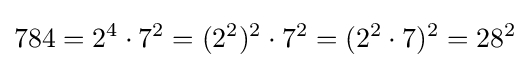
784=2^{4}\cdot 7^{2}=(2^{2})^{2}\cdot 7^{2}=(2^{2}\cdot 7)^{2}=28^{2}